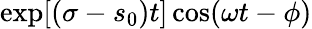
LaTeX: \exp[(\sigma-{{s}_{0}})t]\cos(\omega t-\phi)